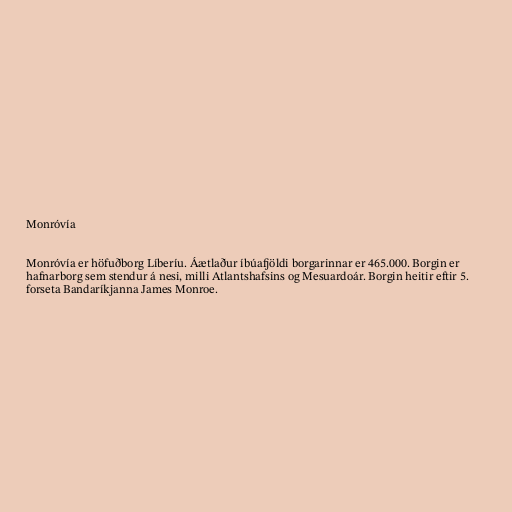
Monróvía

Monróvía er höfuðborg Líberíu. Áætlaður íbúafjöldi borgarinnar er 465.000. Borgin er
hafnarborg sem stendur á nesi, milli Atlantshafsins og Mesuardoár. Borgin heitir eftir 5.
forseta Bandaríkjanna James Monroe.